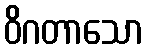
ဝိဂတာသော